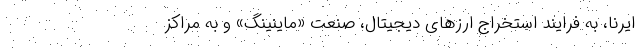
ایرنا، به فرایند استخراج ارزهای دیجیتال، صنعت «ماینینگ» و به مراکز